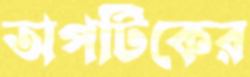
অপটিকের